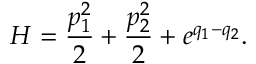
H = \frac { p _ { 1 } ^ { 2 } } { 2 } + \frac { p _ { 2 } ^ { 2 } } { 2 } + e ^ { q _ { 1 } - q _ { 2 } } .